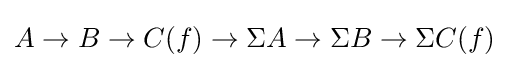
A\to B\to C(f)\to \Sigma A\to \Sigma B\to \Sigma C(f)